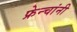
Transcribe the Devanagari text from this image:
फ्रेन्चांनी